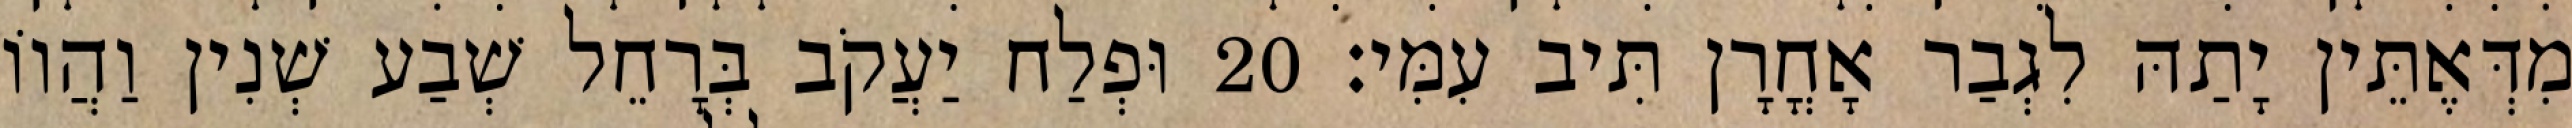
מִדְּאֶתֵּין יָתַהּ לִגְבַר אָחֳרָן תִּיב עִמִּי׃ 20 וּפְלַח יַעֲקֹב בְּרָחֵל שְׁבַע שְׁנִין וַהֲווֹ